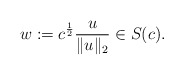
\begin{align*} w:=c^{\frac 12}\frac{u}{\|u\|_2} \in S(c).\end{align*}